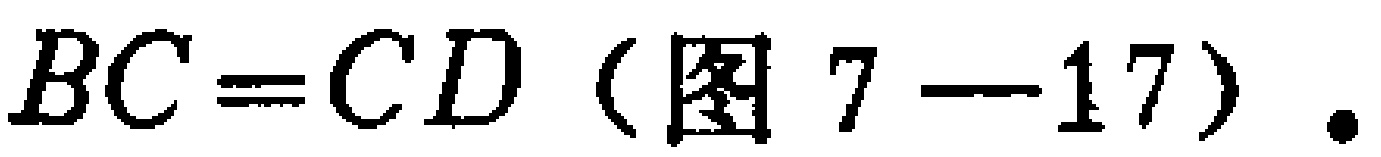
$BC = CD（图7—17）.$